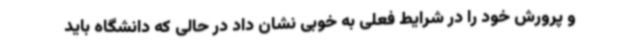
و پرورش خود را در شرایط فعلی به خوبی نشان داد در حالی که دانشگاه باید